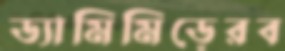
ড্যামিমিড়েরব